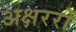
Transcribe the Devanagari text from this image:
अक्षररों